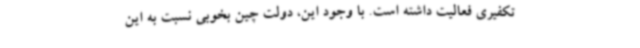
تکفیری فعالیت داشته است. با وجود این، دولت چین بخوبی نسبت به این